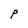
Character: P